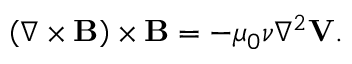
\begin{array} { r } { \left( \nabla \times { \mathbf B } \right) \times { \mathbf B } = - \mu _ { 0 } \nu \nabla ^ { 2 } { \mathbf V } . } \end{array}